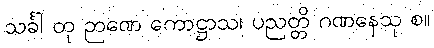
သင်္ခါ တု ဉာဏေ ကောဋ္ဌာသ၊ ပညတ္တိ ဂဏနေသု စ။